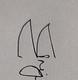
Signature authenticity: genuine